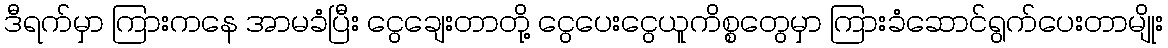
ဒီရက်မှာ ကြားကနေ အာမခံပြီး ငွေချေးတာတို့ ငွေပေးငွေယူကိစ္စတွေမှာ ကြားခံဆောင်ရွက်ပေးတာမျိုး